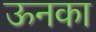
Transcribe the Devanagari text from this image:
ऊनका